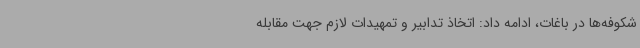
شکوفه‌ها در باغات، ادامه داد: اتخاذ تدابیر و تمهیدات لازم جهت مقابله